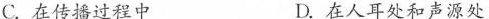
C.在传播过程中 D.在人耳处和声源处